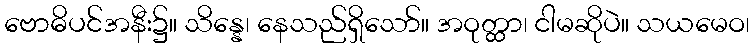
ဗောဓိပင်အနီး၌။ သိန္နေ၊ နေသည်ရှိသော်။ အဝုတ္ထာ၊ ငါမဆိုပဲ။ သယမေဝ၊